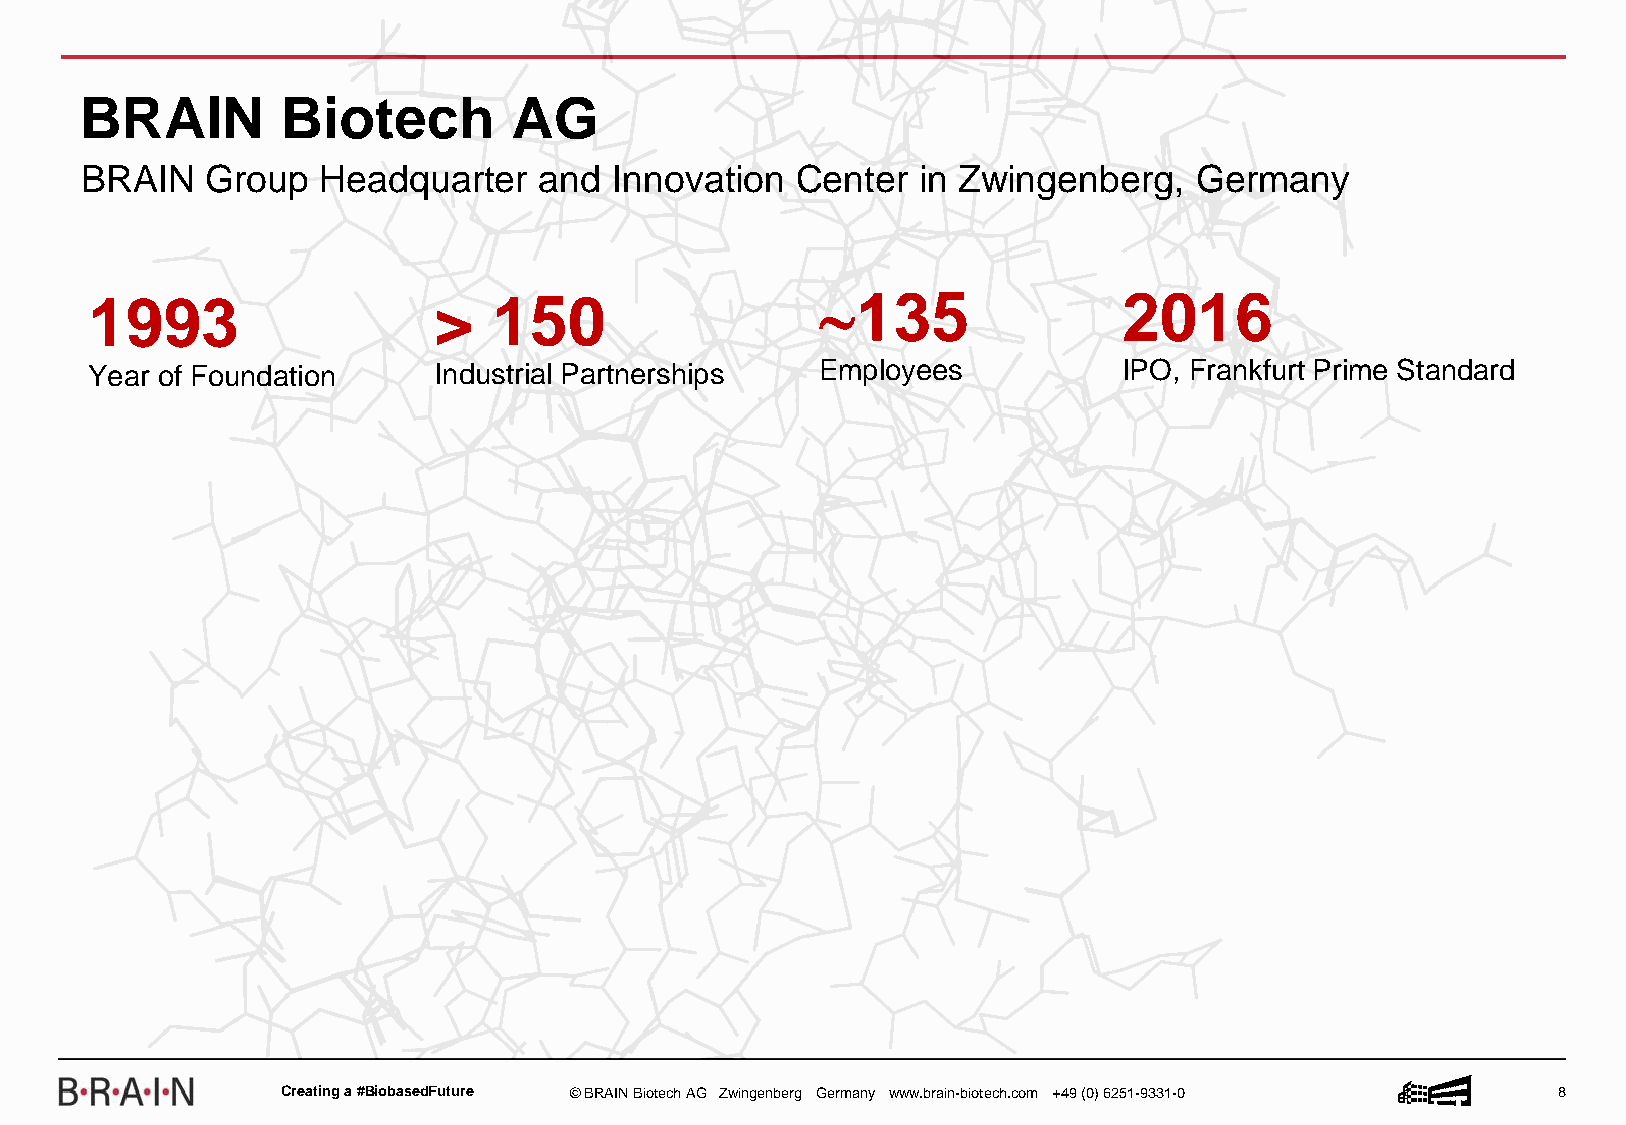
BRAIN         Biotech        AG
 BRAIN    Group  Headquarter    and  Innovation  Center  in Zwingenberg,   Germany
 1993                   >   150                  135                2016
 Year of Foundation     Industrial Partnerships  Employees           IPO, Frankfurt Prime Standard
 Creatinga #BiobasedFuture © BRAIN BiotechAG Zwingenberg Germany www.brain-biotech.com +49 (0) 6251-9331-0 8